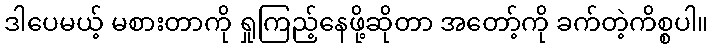
ဒါပေမယ့် မစားတာကို ရှုကြည့်နေဖို့ဆိုတာ အတော့်ကို ခက်တဲ့ကိစ္စပါ။